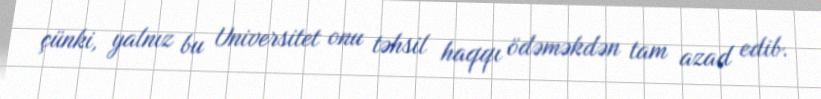
çünki, yalnız bu Universitet onu təhsil haqqı ödəməkdən tam azad edib.